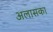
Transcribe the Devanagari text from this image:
अलासका